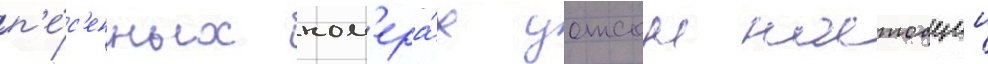
п'е́с'енных ном'ера́х уотсон настоащии